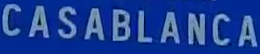
CASABLANCA